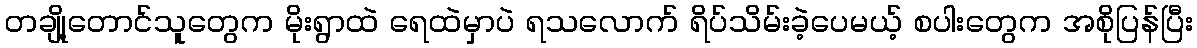
တချို့တောင်သူတွေက မိုးရွာထဲ ရေထဲမှာပဲ ရသလောက် ရိပ်သိမ်းခဲ့ပေမယ့် စပါးတွေက အစိုပြန်ပြီး